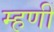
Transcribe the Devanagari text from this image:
म्हणीं